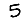
Digit: 5